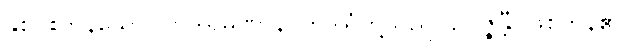
နှစ်ပါးကုန်သော။ တဒါရမဏာနိ၊ တဒါရုံတို့သည်။ ဥပ္ပဇ္ဇန္တီ၊ ဖြစ်ကုန်၏။